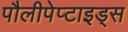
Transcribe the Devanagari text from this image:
पौलीपेप्टाइड्स